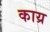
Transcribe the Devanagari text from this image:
काय्र